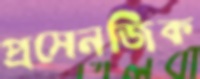
প্রসেনজিক